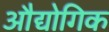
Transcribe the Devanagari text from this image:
औद्योगिक